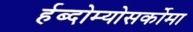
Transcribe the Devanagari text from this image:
र्हब्दोम्योसर्कोमा